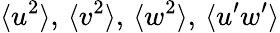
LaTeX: \langle u^{2}\rangle,\, \langle v^{2}\rangle,\, \langle w^{2}\rangle,\, \langle u^{\prime}w^{\prime}\rangle